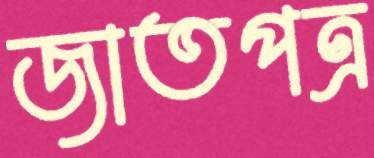
জাতপত্র